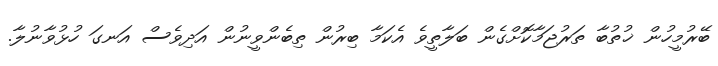
ބޭރުމީހުން ޚުތުބާ ތަރުޖަމާކޮށްގެން ބަލާތީވެ އެކަމާ ބިރުން ތިބެންވީނުން އަދިވެސް އަނގަ ހުޅުވާނުލާ.